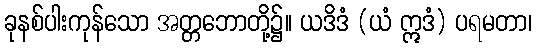
ခုနစ်ပါးကုန်သော အတ္တဘောတို့၌။ ယဒိဒံ (ယံ ဣဒံ) ပရမတာ၊